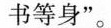
书等身”。